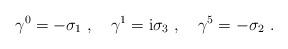
LaTeX: \begin{align*}\gamma^0 =-\sigma_1\ , \quad \gamma^1= {\rm i} \sigma_3 \ , \quad \gamma^5 = - \sigma_2 \ .\end{align*}